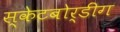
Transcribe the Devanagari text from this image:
स्केटबोर्डींग